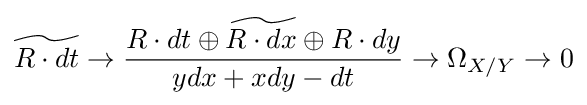
{\widetilde {R\cdot dt}}\to {\widetilde {\frac {R\cdot dt\oplus R\cdot dx\oplus R\cdot dy}{ydx+xdy-dt}}}\to \Omega _{X/Y}\to 0